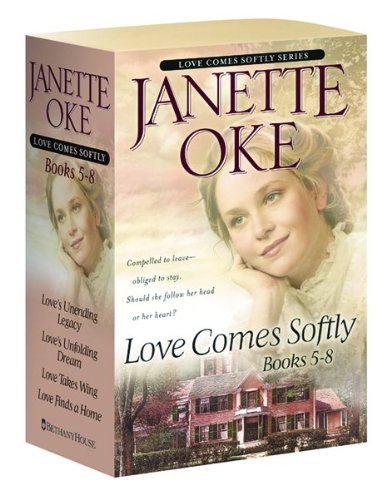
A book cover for Love's Unending Legacy/Love's Unfolding Dream/Love Takes Wing/Love Finds a Home (Love Comes Softly Series 5-8); Janette Oke; Romance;